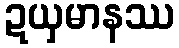
ဍယှမာနဿ